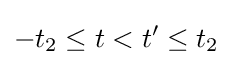
-t_{2}\leq t<t'\leq t_{2}